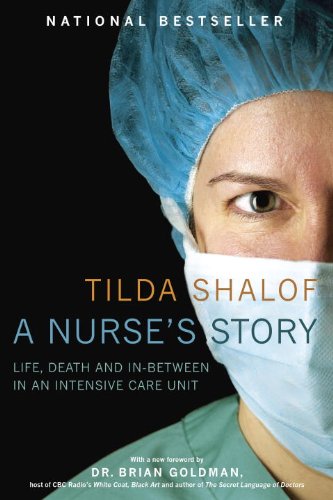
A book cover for A Nurse's Story; Tilda Shalof; Mystery, Thriller & Suspense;